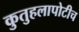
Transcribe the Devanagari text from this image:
कुतुहलापोटीच